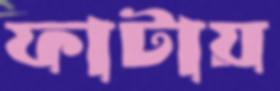
ফাটায়